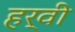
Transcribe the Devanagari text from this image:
हर्वी